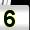
Digit: 5